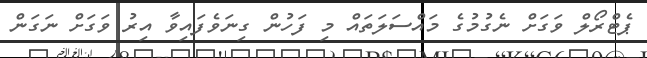
ޕެޓްރޯލް ވަގަށް ނެގުމުގެ މައްސަލަތައް މި ފަހުން ގިނަވެފައިވާ އިރު ވަގަށް ނަގަން